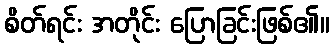
စိတ်ရင်း အတိုင်း ပြောခြင်းဖြစ်၏။